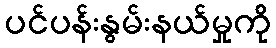
ပင်ပန်းနွမ်းနယ်မှုကို